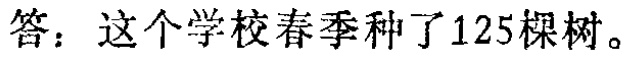
答：这个学校春季种了125棵树。